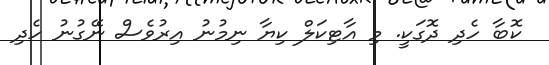
ކޮބާ ހެދި ދޮގަކީ. މި އާޓިކަލް ކިޔާ ނިމުނު އިރުވެސް ނޭގުނު ހެދި